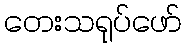
တေးသရုပ်ဖော်